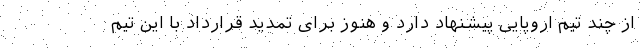
از چند تیم اروپایی پیشنهاد دارد و هنوز برای تمدید قرارداد با این تیم